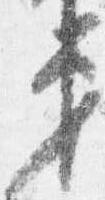
第